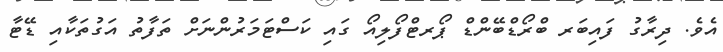
އެވެ. ދިރާގު ފައިބަރ ބްރޯޑްބޭންޑް ޕޯރޓްފޯލިއޯ ގައި ކަސްޓަމަރުންނަށް ތަފާތު އަގުތަކާއި ޑޭޓާ